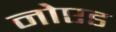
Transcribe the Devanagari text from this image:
नोएड